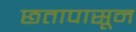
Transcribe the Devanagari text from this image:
छतापासून